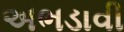
અભડાવી